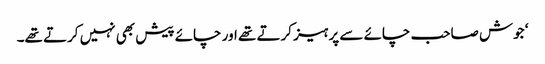
‘ جوش صاحب چائے سے پرہیز کرتے تھے اور چائے پیش بھی نہیں کرتے تھے۔